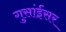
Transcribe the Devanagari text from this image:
गुसांईंसर